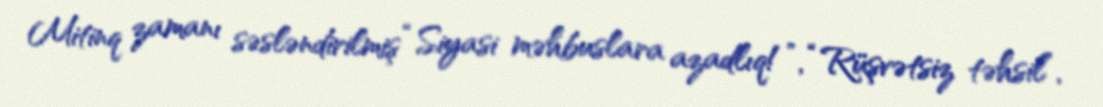
Mitinq zamanı səsləndirilmiş “Siyasi məhbuslara azadlıq!”, “Rüşvətsiz təhsil”,